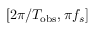
[ 2 \pi / T _ { \mathrm { o b s } } , \pi f _ { s } ]